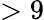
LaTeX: >9